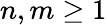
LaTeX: n,m\geq 1